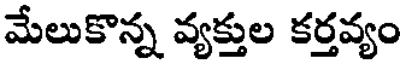
మేలుకొన్న వ్యక్తుల కర్తవ్యం